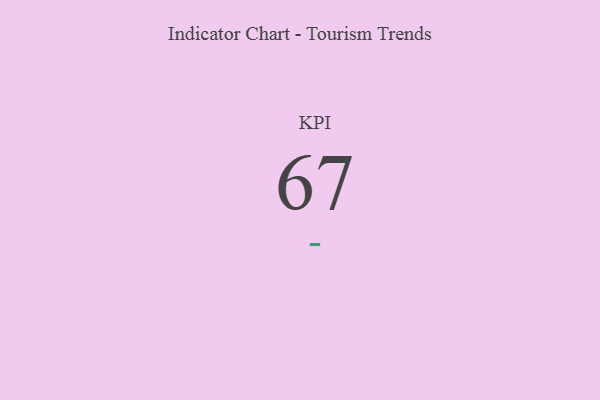
{"axis": {"x": "KPI", "y": "Value"}, "legend": [""], "data": [{"x": "KPI", "y": 67, "type": ""}]}